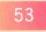
\(53\)